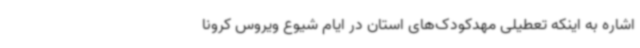
اشاره به اینکه تعطیلی مهدکودک‌های استان در ایام شیوع ویروس کرونا